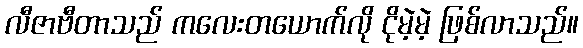
လီဇာဗီတာသည် ကလေးတယောက်လို ငိုမဲ့မဲ့ ဖြစ်လာသည်။